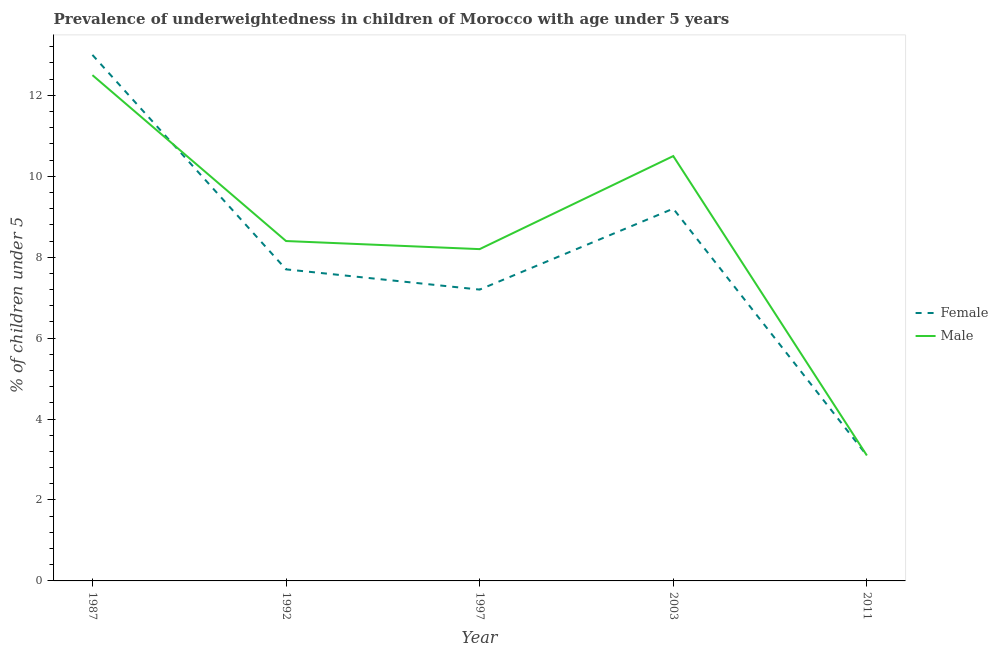
| Year | Female | Male |
 | --- | --- | --- |
 | 1987 | 13 | 12.5 |
 | 1992 | 7.7 | 8.4 |
 | 1997 | 7.2 | 8.2 |
 | 2003 | 9.2 | 10.5 |
 | 2011 | 3.1 | 3.1 |